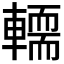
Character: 𨎪